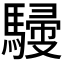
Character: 𩤿